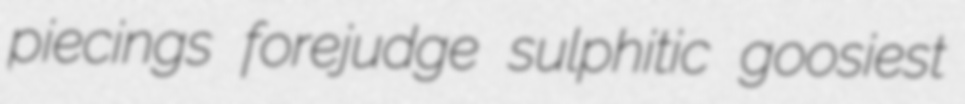
piecings forejudge sulphitic goosiest